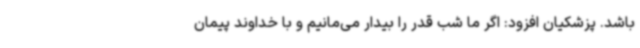
باشد. پزشکیان افزود: اگر ما شب قدر را بیدار می‌مانیم و با خداوند پیمان